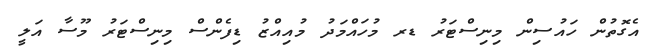
އެގޮތުން ހައުސިން މިނިސްޓަރު ޑރ މުހައްމަދު މުއިއްޒު ޑިފެންސް މިނިސްޓަރު މޫސާ އަލީ